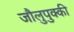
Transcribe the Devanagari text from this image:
जौलुपुक्की